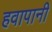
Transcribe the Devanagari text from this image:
हवापानी